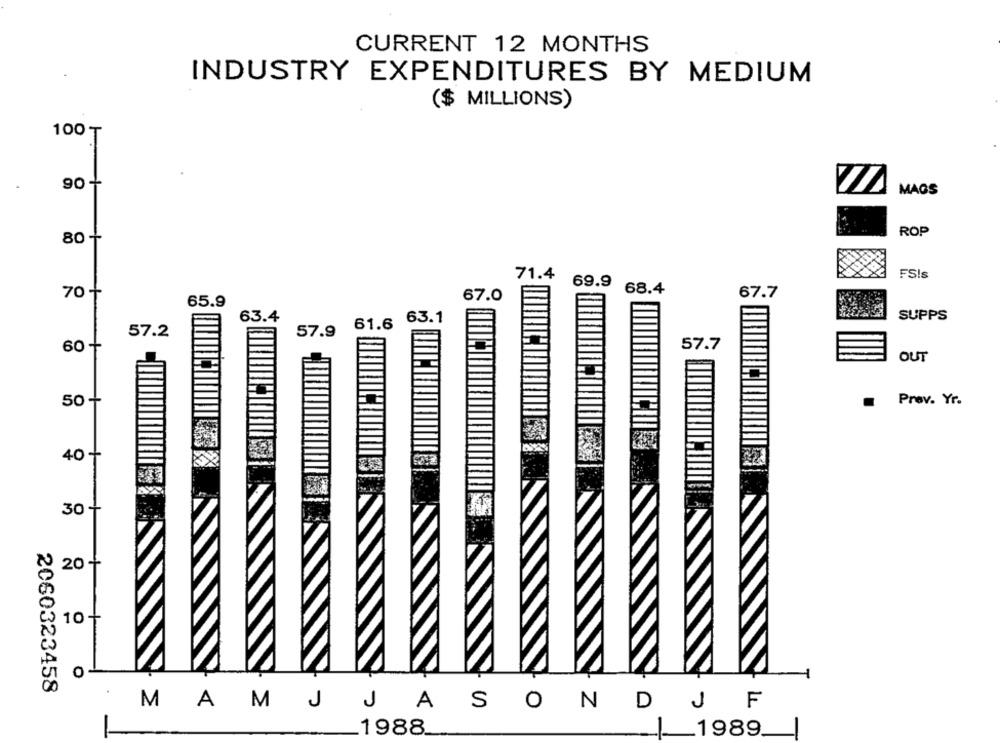
CURRENT 12 MONTHS
INDUSTRY EXPENDITURES BY MEDIUM
($ MILLIONS)
100 ₸
90 +
MAGS
ROP
80 -
FSIs
71.4
69.9
68.4
70-
67.0
67.7
65.9
63.4
63.1
SUPPS
61.6
57.2
57.9
60 +
57.7
OUT
50+
Prav. Yr.
40+
30
20
10
O
2060323458
MAMJ JASONDJF
1988_
1989.